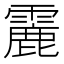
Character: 𩅄